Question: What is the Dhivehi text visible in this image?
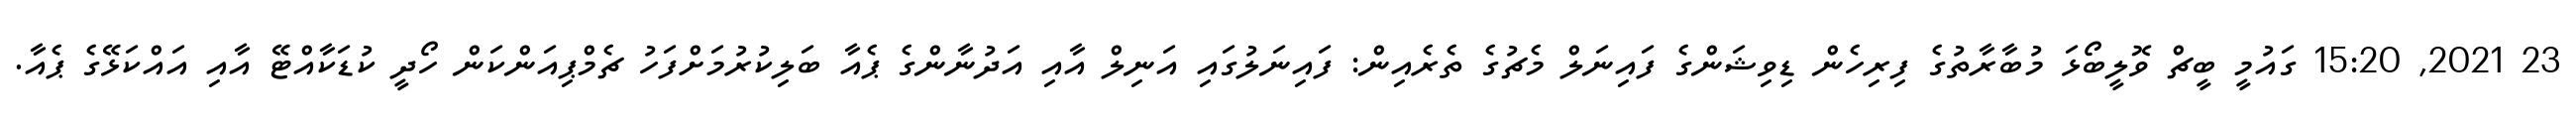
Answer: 23 2021, 15:20 ގައުމީ ބީޗް ވޮލީބޯޅަ މުބާރާތުގެ ފިރިހެން ޑިވިޝަންގެ ފައިނަލް މެޗުގެ ތެރެއިން: ފައިނަލުގައި އަނިލް އާއި އަދުނާންގެ ޕެއާ ބަލިކުރުމަށްފަހު ޗެމްޕިއަންކަން ހޯދީ ކުޑަކާއްޓޭ އާއި އައްކަޅޭގެ ޕެއާ.